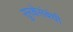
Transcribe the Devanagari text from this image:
सुरक्षेसंबंधी